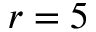
r = 5